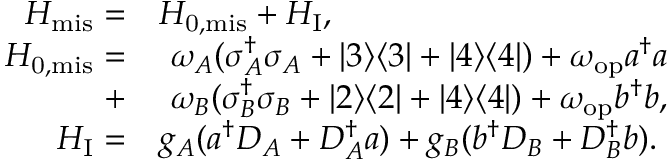
\begin{array} { r l } { H _ { \mathrm { m i s } } = } & { H _ { \mathrm { 0 , m i s } } + H _ { \mathrm { I } } , } \\ { H _ { \mathrm { 0 , m i s } } = } & { ~ \omega _ { A } ( \sigma _ { A } ^ { \dagger } \sigma _ { A } + | 3 \rangle \langle 3 | + | 4 \rangle \langle 4 | ) + \omega _ { \mathrm { o p } } a ^ { \dagger } a } \\ { + } & { ~ \omega _ { B } ( \sigma _ { B } ^ { \dagger } \sigma _ { B } + | 2 \rangle \langle 2 | + | 4 \rangle \langle 4 | ) + \omega _ { \mathrm { o p } } b ^ { \dagger } b , } \\ { H _ { \mathrm { I } } = } & { g _ { A } ( a ^ { \dagger } D _ { A } + D _ { A } ^ { \dagger } a ) + g _ { B } ( b ^ { \dagger } D _ { B } + D _ { B } ^ { \dagger } b ) . } \end{array}